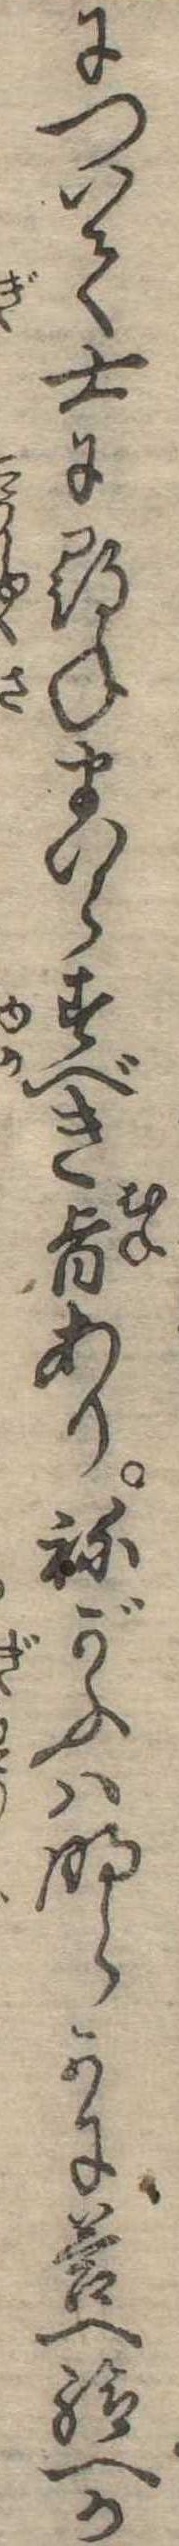
について士に尋ねまいらすべき旨ありねがふは明らかに答へ給へか